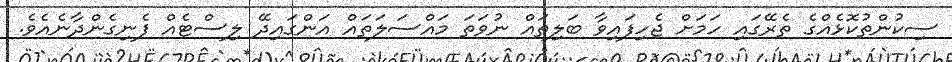
ސިކުންތުކޮޅެއްގެ ތެރޭގައި ހަމަށް ޖެހިފައިވާ ބަލިތައް ނުވަތަ މައްސަލަތައް އަންގައިދޭ ލިސްޓެއް ފެނިގެންދާނެއެވެ.